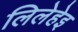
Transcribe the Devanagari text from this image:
लिलेहेइ